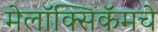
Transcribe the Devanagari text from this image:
मेलॉक्सिकॅमचे